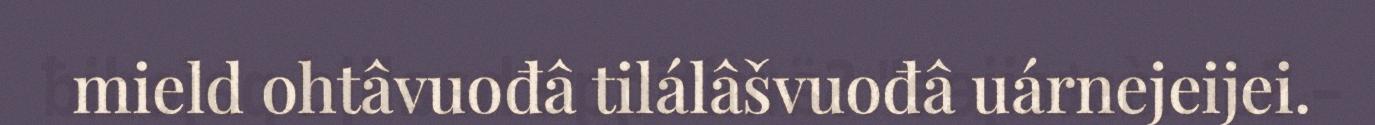
mield ohtâvuođâ tilálâšvuođâ uárnejeijei.